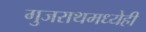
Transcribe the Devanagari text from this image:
गुजराथमध्येही